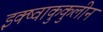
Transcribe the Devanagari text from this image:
इक्ष्वाकुकुलीन